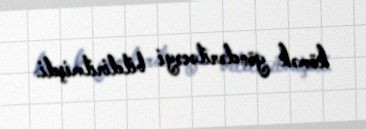
kömək göndəriləcəyi bildirilmişdi.